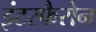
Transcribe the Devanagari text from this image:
इंटरफैरोन